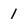
Character: 1